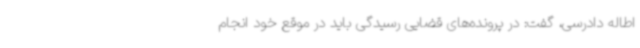
اطاله دادرسی، گفت: در پرونده‌های قضایی رسیدگی باید در موقع خود انجام